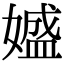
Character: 𡡛